Eestimaa_Kommunistliku_Partei_Keskkomitee, lk 144
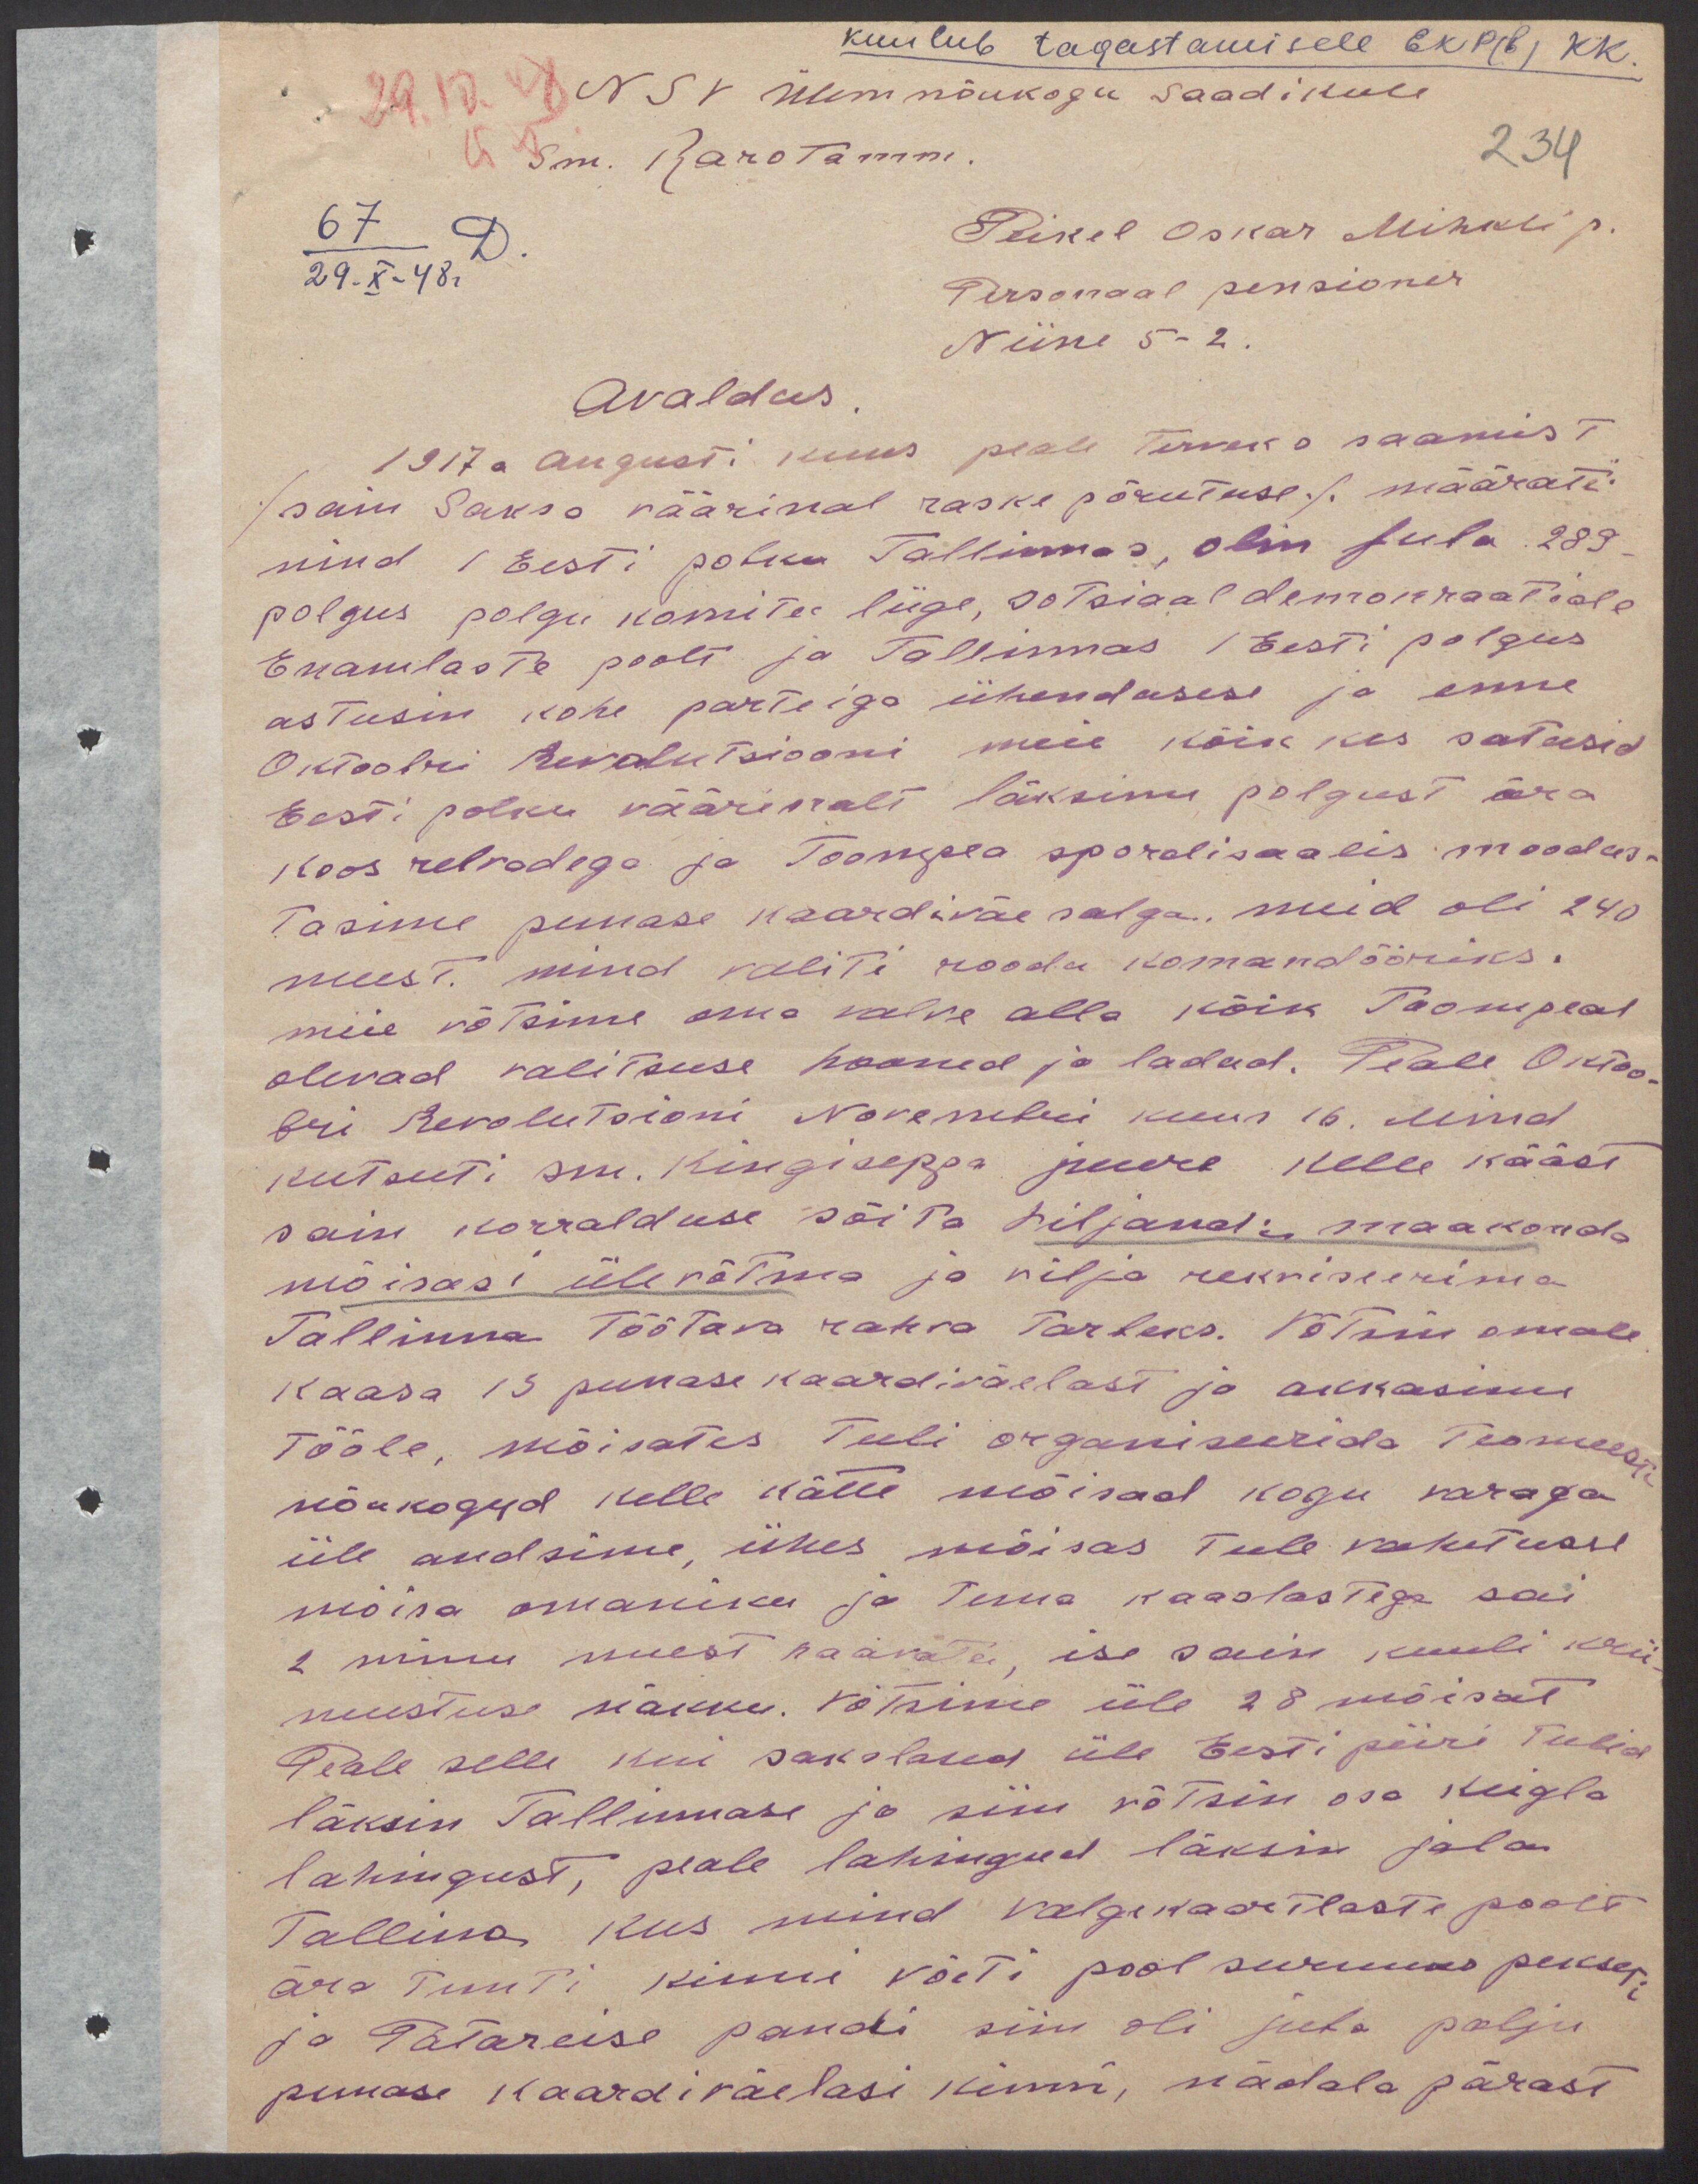
Kuulub tagastamisele EKP(b) KK.
NSV Ülemnõukogu saadikule
Sm. Karotamm.
234
Peikel Oskar Mihkli p.
67 D.
Pirsonaal pensioner
29.X-48 г
Niine 5-2.
Avaldus.
1917 a augusti kuus peale terveks saamist
/ sain Saksa väärinal raske põrutuse / määrati
mind 1 Eesti polku Tallinnas, olin fula 289
polgus polgu komitee liige, sotsiaaldemokraatide
Enamlaste poolt ja Tallinnas 1 Eesti polgus
astusin kohe parteiga ühendusese ja enne
Oktoobri Revolutsiooni meie kõik kes satusid
Eesti polku väärikalt läksime polgust ära
koos relvadega ja Toompea spordisaalis moodus-
tasime punase kaardiväe salga, meid oli 240
meest. mind valiti roodu komandööriks.
meie võtsime oma valve alla kõik Toompeal
olevad valitsuse hooned ja ladud. Peale Oktoo-
bri Revolutsioni Novembri kuus 16. Mind
kutsuti sm. Kingiseppa juure kelle kääst
sain korralduse sõita Viljandi maakonda
mõisasi ülevõtma ja vilja rekvireerima
Tallinna töötava rahva tarbeks. Võtsin omale
kaasa 13 punase kaardiväelast ja akkasime
tööle, mõisates tuli organiseerida teomeeste
nõukogud kelle kätte mõisad kogu varaga
üle andsime, ühes mõisas tule vahetusse
mõisa omaniku ja tema kaaslastega sai
2 minu meest haavata, ise sain kuuli krii
mustuse näkku. Võtsime üle 28 mõisat
Peale selle kui sakslased üle Eesti piiri tulid
läksin Tallinnase ja siin võtsin osa Keigla
lahingust, peale lahingud läksin jala
Tallina kus mind valgekaartlaste poolt
ära tunti kinni võeti pool surnuks pekseti
ja Patareise pandi siin oli juba palju
punase kaardiväelasi kinni, nädala pärast